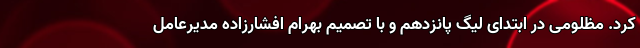
کرد. مظلومی در ابتدای لیگ پانزدهم و با تصمیم بهرام افشارزاده مدیرعامل